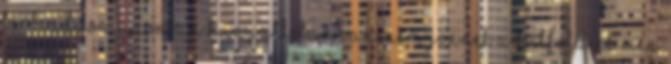
bérbeadása azonban hanyatlóban van. Nem jönnek a külföldiek Míg